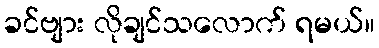
ခင်ဗျား လိုချင်သလောက် ရမယ်။